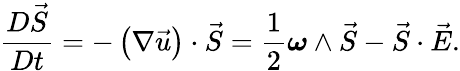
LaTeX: \frac{D\vec{S}}{Dt}=-\left(\nabla\vec{u}\right)\cdot\vec{S}=\frac{1}{2}\boldsymbol{\omega}\wedge\vec{S}-\vec{S}\cdot\vec{E}.